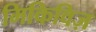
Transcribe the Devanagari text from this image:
मिकिविज़